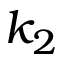
k _ { 2 }